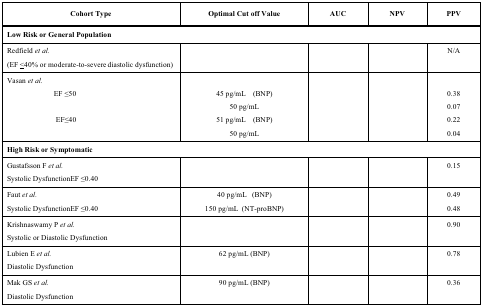
<table><thead><tr><td><b>Cohort Type</b></td><td><b>Optimal Cut off Value</b></td><td><b>AUC</b></td><td><b>NPV</b></td><td><b>PPV</b></td></tr></thead><tbody><tr><td colspan="5"><b>Low Risk or General Population</b></td></tr><tr><td>Redfield <i>et al.</i></td><td>[EMPTY_CELL]</td><td>[EMPTY_CELL]</td><td>[EMPTY_CELL]</td><td>N/A</td></tr><tr><td>(EF ≤40% or moderate-to-severe diastolic dysfunction)</td><td>[EMPTY_CELL]</td><td>[EMPTY_CELL]</td><td>[EMPTY_CELL]</td><td>[EMPTY_CELL]</td></tr><tr><td>Vasan <i>et al.</i></td><td>[EMPTY_CELL]</td><td>[EMPTY_CELL]</td><td>[EMPTY_CELL]</td><td>[EMPTY_CELL]</td></tr><tr><td>EF ≤50</td><td>45 pg/mL (BNP)</td><td>[EMPTY_CELL]</td><td>[EMPTY_CELL]</td><td>0.38</td></tr><tr><td>[EMPTY_CELL]</td><td>50 pg/mL</td><td>[EMPTY_CELL]</td><td>[EMPTY_CELL]</td><td>0.07</td></tr><tr><td>EF≤40</td><td>51 pg/mL (BNP)</td><td>[EMPTY_CELL]</td><td>[EMPTY_CELL]</td><td>0.22</td></tr><tr><td>[EMPTY_CELL]</td><td>50 pg/mL</td><td>[EMPTY_CELL]</td><td>[EMPTY_CELL]</td><td>0.04</td></tr><tr><td colspan="5"><b>High Risk or Symptomatic</b></td></tr><tr><td>Gustafsson F <i>et al</i>.</td><td>[EMPTY_CELL]</td><td>[EMPTY_CELL]</td><td>[EMPTY_CELL]</td><td>0.15</td></tr><tr><td>Systolic DysfunctionEF ≤0.40</td><td>[EMPTY_CELL]</td><td>[EMPTY_CELL]</td><td>[EMPTY_CELL]</td><td>[EMPTY_CELL]</td></tr><tr><td>Faut <i>et al.</i></td><td>40 pg/mL (BNP)</td><td>[EMPTY_CELL]</td><td>[EMPTY_CELL]</td><td>0.49</td></tr><tr><td>Systolic DysfunctionEF ≤0.40</td><td>150 pg/mL (NT-proBNP)</td><td>[EMPTY_CELL]</td><td>[EMPTY_CELL]</td><td>0.48</td></tr><tr><td>Krishnaswamy P <i>et al.</i></td><td>[EMPTY_CELL]</td><td>[EMPTY_CELL]</td><td>[EMPTY_CELL]</td><td>0.90</td></tr><tr><td>Systolic or Diastolic Dysfunction</td><td>[EMPTY_CELL]</td><td>[EMPTY_CELL]</td><td>[EMPTY_CELL]</td><td>[EMPTY_CELL]</td></tr><tr><td>Lubien E <i>et al.</i></td><td>62 pg/mL (BNP)</td><td>[EMPTY_CELL]</td><td>[EMPTY_CELL]</td><td>0.78</td></tr><tr><td>Diastolic Dysfunction</td><td>[EMPTY_CELL]</td><td>[EMPTY_CELL]</td><td>[EMPTY_CELL]</td><td>[EMPTY_CELL]</td><td>[EMPTY_CELL]</td></tr><tr><td>Mak GS <i>et al.</i></td><td>90 pg/mL (BNP)</td><td>[EMPTY_CELL]</td><td>[EMPTY_CELL]</td><td>0.36</td></tr><tr><td>Diastolic Dysfunction</td><td>[EMPTY_CELL]</td><td>[EMPTY_CELL]</td><td>[EMPTY_CELL]</td><td>[EMPTY_CELL]</td></tr></tbody></table>